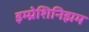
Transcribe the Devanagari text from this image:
इम्प्रेशिनिझम